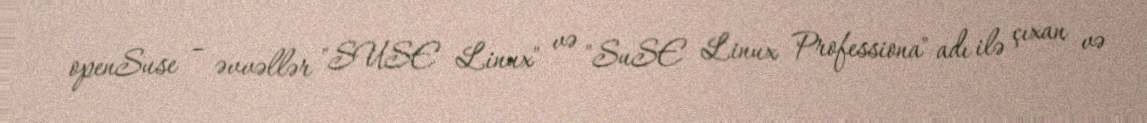
openSuse – əvvəllər "SUSE Linux" və "SuSE Linux Professiona" adı ilə çıxan və